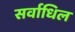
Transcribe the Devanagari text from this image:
सर्वाधिल